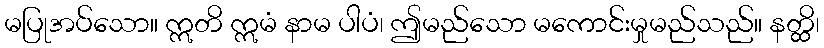
မပြုအပ်သော။ ဣတိ ဣမံ နာမ ပါပံ၊ ဤမည်သော မကောင်းမှုမည်သည်။ နတ္ထိ၊